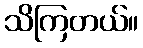
သိကြတယ်။